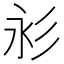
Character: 𢒋